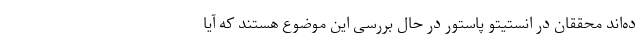
ده‌اند محققان در انستیتو پاستور در حال بررسی این موضوع هستند که آیا